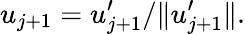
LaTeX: u_{j+1}=u_{j+1}^{\prime}/\| u_{j+1}^{\prime}\| .